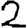
Digit: 2